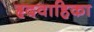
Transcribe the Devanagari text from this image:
हृदवाहिका